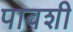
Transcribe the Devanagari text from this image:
पावशी